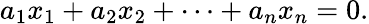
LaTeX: a_{1}x_{1}+a_{2}x_{2}+\cdots+a_{n}x_{n}=0.